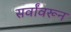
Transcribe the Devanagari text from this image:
सर्वांवरून